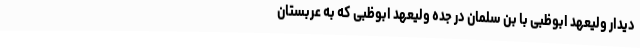
دیدار ولیعهد ابوظبی با بن سلمان در جده ولیعهد ابوظبی که به عربستان